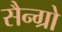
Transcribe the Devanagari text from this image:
सैन्ग्रो